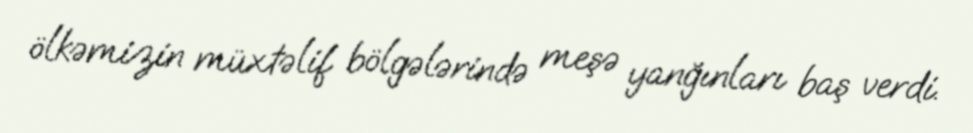
ölkəmizin müxtəlif bölgələrində meşə yanğınları baş verdi.